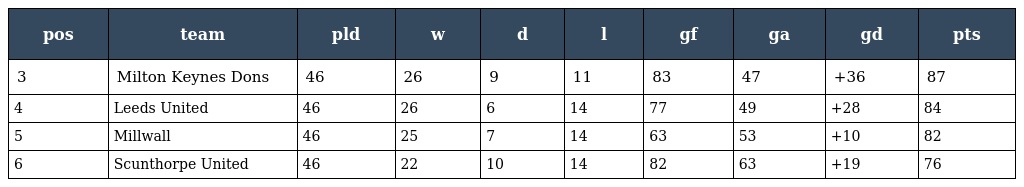
| pos | team | pld | w | d | l | gf | ga | gd | pts |
 | --- | --- | --- | --- | --- | --- | --- | --- | --- | --- |
 | 3 | Milton Keynes Dons | 46 | 26 | 9 | 11 | 83 | 47 | +36 | 87 |
 | 4 | Leeds United | 46 | 26 | 6 | 14 | 77 | 49 | +28 | 84 |
 | 5 | Millwall | 46 | 25 | 7 | 14 | 63 | 53 | +10 | 82 |
 | 6 | Scunthorpe United | 46 | 22 | 10 | 14 | 82 | 63 | +19 | 76 |